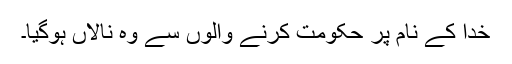
خدا کے نام پر حکومت کرنے والوں سے وہ نالاں ہوگیا۔